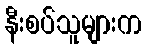
နီးစပ်သူများက